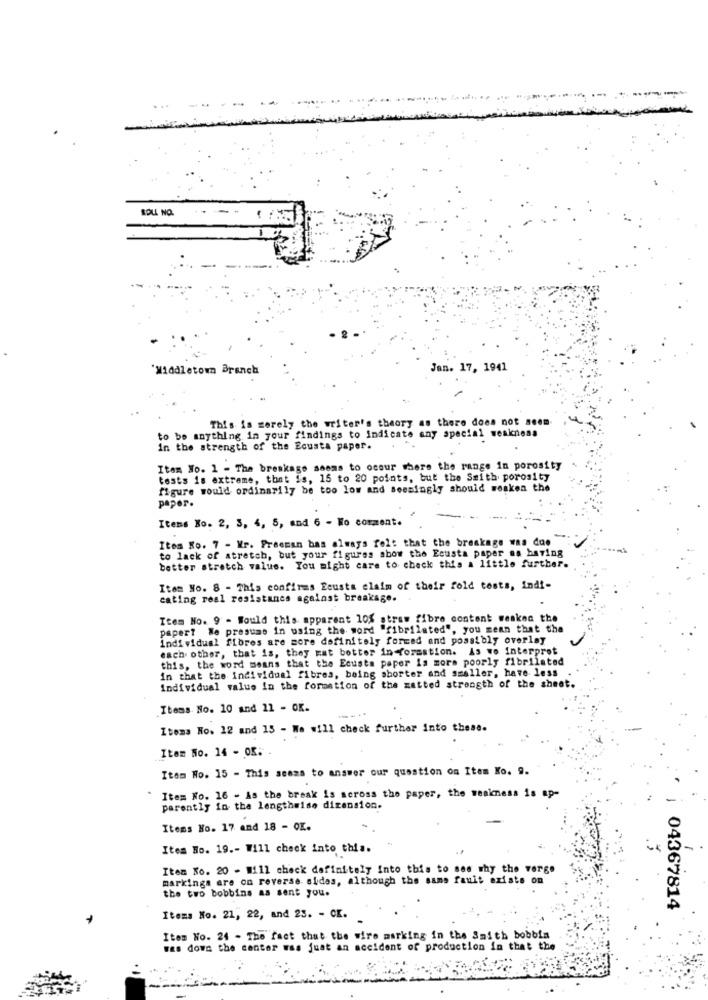
-
ROLL NO.
'Middletown Branch
Jan. 17, 1941
This is merely the writer's theory as there does not seem
to be anything in your findings to indicate any special weakness
...
in the strength of the Ecusta paper.
Item No. 1 - The breakage seems to occur where the range in porosity
tests is extreme, that is, 15 to 20 points, but the Smith porosity
figure would ordinarily be too low and seemingly should weaken the
paper.
Items Xo. 2, 3, 4, 5, and 6 - Wo comment.
Itos Ro. 7 - Mr. Freeman bas always felt that the breakage was due
to lack of stretch, but your figures show the Ecusta paper as having
better stretch value. You might care to check this a little further.
Item No. 8 - This confirms Ecusta claim of their fold tests, indi-
cating real resistance against breakage.
Item No. 9 - Would this apparent 10% straw fibre content weaken the
paper? We presumo in using the word "fibrilated", you mean that the
individual fibres are more definitely formed and possibly overlay
each other, that is, they Eat better information. As we interpret
this, the word means that the Ecusta paper is mors poorly fibrilsted
in that the individual fibres, being shorter and smaller, have less
Individual value In the formation of the zatted strength of the sheet.
Items No. 10 and 11 - OK.
Itoma Ho. 12 and 15 - We will check further into these.
Item No. 14 - 08. .
Item No. 15 - This seems to answer our question om Item Ko. 9.
Item No. 16 - As the break is across the paper, the weakness is ap-
parently in the lengthwise dimension.
Items Ho. 17 and 18 - OK.
Item Ho. 19 .- Will check into this.
Item No. 20 - Will check definitely into this to see why the verge
markings are on reverse sides, although the same fault exists on
the two bobbins as sent you.
04367814
Items No. 21, 22, and 23. - CK.
Item No. 24 - The fact that the wire marking in the Smith bobbia
was down the center was juat an accident of production in that the